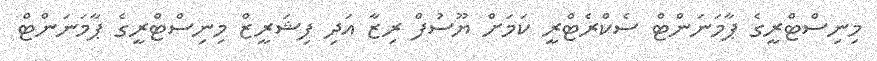
މިނިސްޓްރީގެ ޕާމަނަންޓް ސެކްރެޓްރީ ކަމަށް ޔޫސުފް ރިޒާ އަދި ފިޝަރީޒް މިނިސްޓްރީގެ ޕާމަނަންޓް